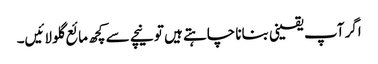
اگر آپ یقینی بنانا چاہتے ہیں تو نیچے سے کچھ مائع گلو لائیں۔